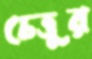
চেত্তুর